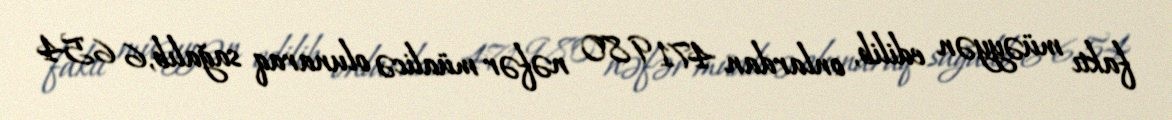
faktı müəyyən edilib, onlardan 471 980 nəfər müalicə olunaraq sağalıb, 6 654